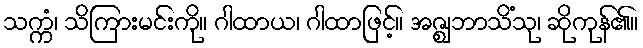
သက္ကံ၊ သိကြားမင်းကို။ ဂါထာယ၊ ဂါထာဖြင့်။ အဇ္ဈဘာသိံသု၊ ဆိုကုန်၏။